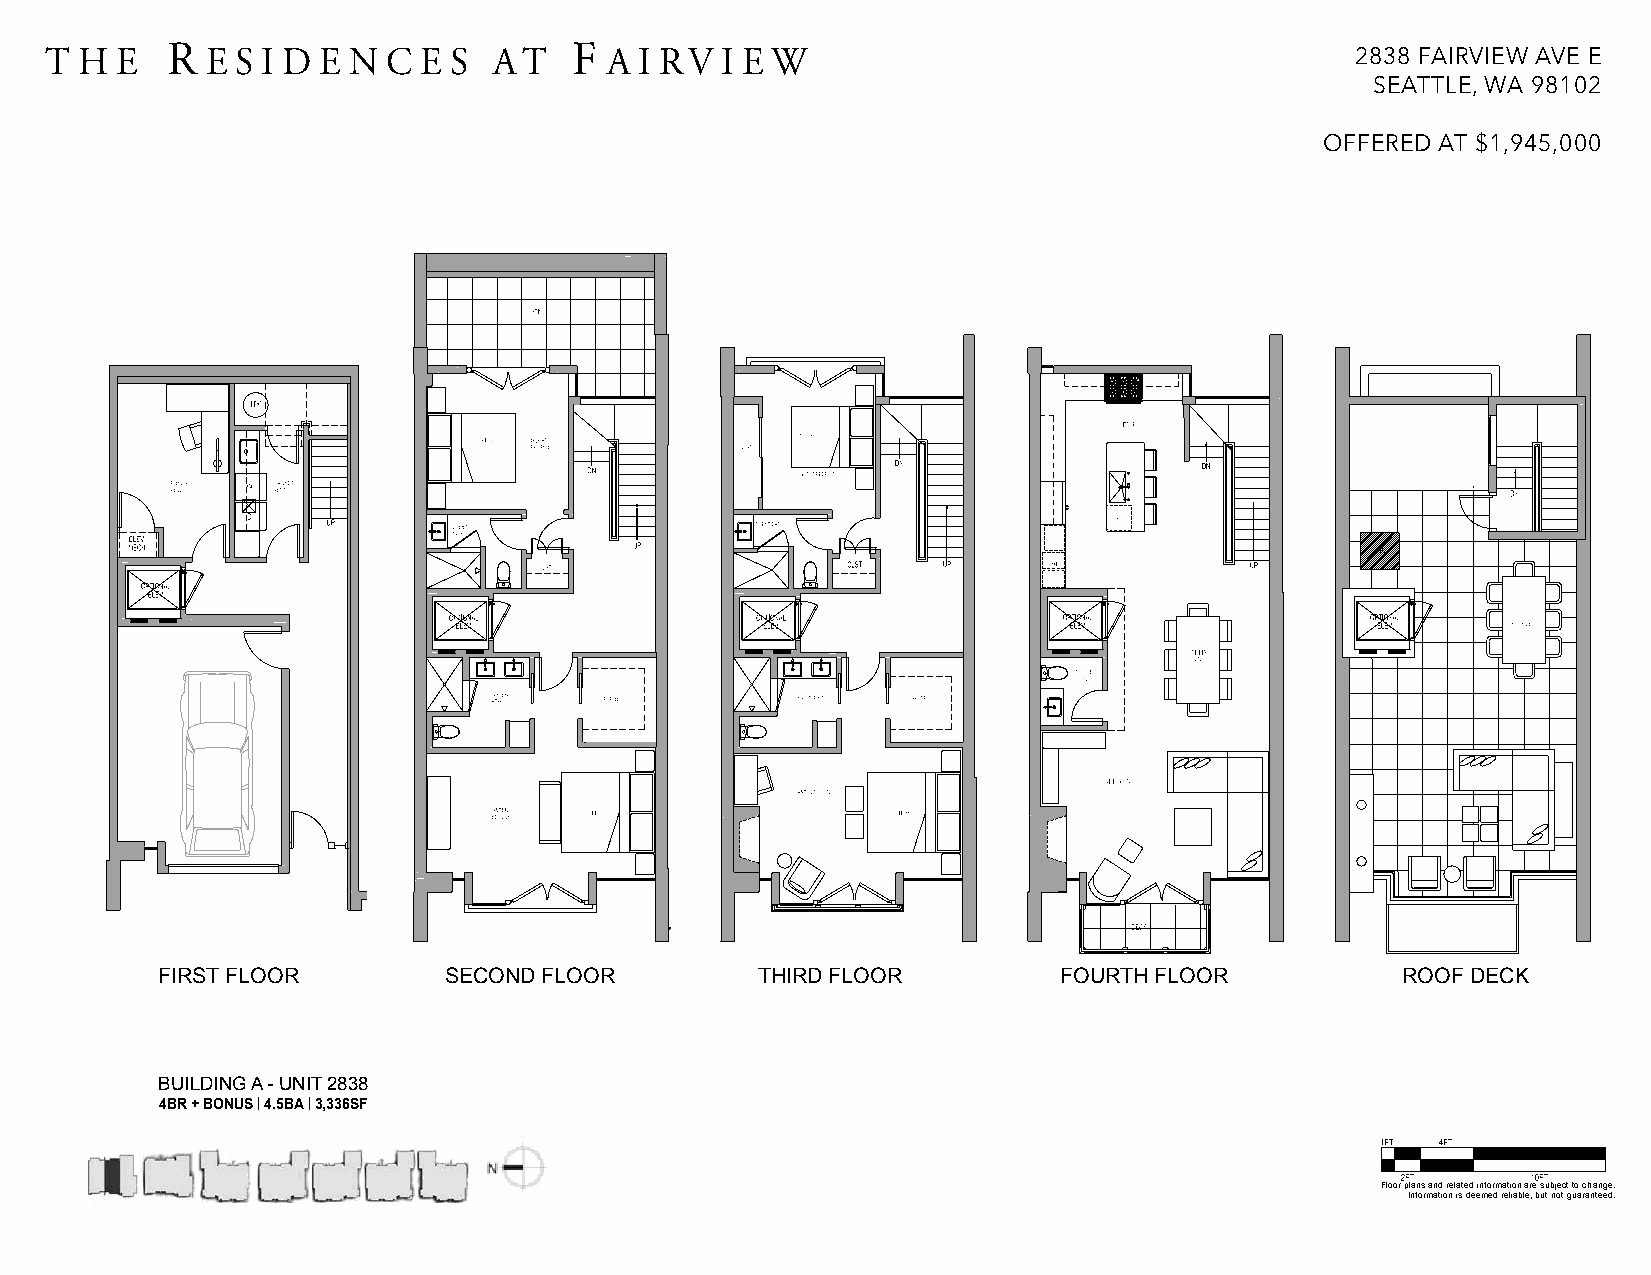
T H  E  R  E S I D E N C E S  AT   F A I RV  I E W                                     2838 FAIRVIEW AVE E
 SEATTLE, WA 98102
 OFFERED AT $1,945,000
 FIRST FLOOR        SECOND FLOOR         THIRD FLOOR         FOURTH FLOOR           ROOF DECK
 BUILDING A - UNIT 2838
 4BR + BONUS | 4.5BA | 3,336SF
 Floor plans and related information are subject to change.
 Information is deemed reliable, but not guaranteed.